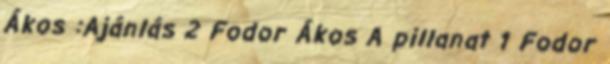
Ákos :Ajánlás 2 Fodor Ákos A pillanat 1 Fodor